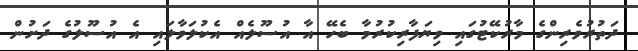
ދަތުރުވެރިންގެ މާރުކޭޓުގައި ވިޔަފާރިކުރުމާ ބެހޭ އާ އުސޫލެއް އެކުލަވާލައި އެ އުސޫލުގެ ދަށުން